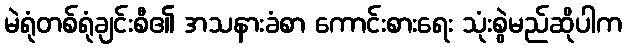
မဲရုံတစ်ရုံချင်းစီ၏ အသနားခံစာ ကောင်းစားရေး သုံးစွဲမည်ဆိုပါက